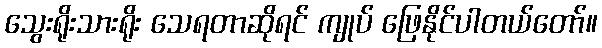
သွေးရိုးသားရိုး သေရတာဆိုရင် ကျုပ် ဖြေနိုင်ပါတယ်တော်။